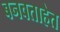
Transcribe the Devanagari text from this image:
बनवताहेत